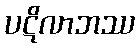
ပဋိလာဘဿ